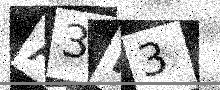
Text: A3N3